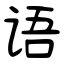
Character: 语